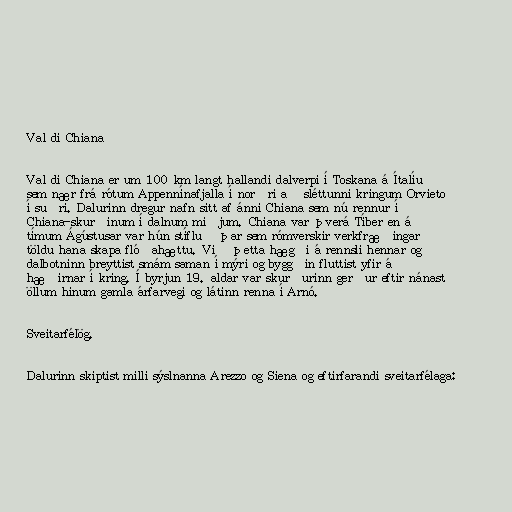
Val di Chiana

Val di Chiana er um 100 km langt hallandi dalverpi í Toskana á Ítalíu
sem nær frá rótum Appennínafjalla í norðri að sléttunni kringum Orvieto
í suðri. Dalurinn dregur nafn sitt af ánni Chiana sem nú rennur í
Chiana-skurðinum í dalnum miðjum. Chiana var þverá Tíber en á
tímum Ágústusar var hún stífluð þar sem rómverskir verkfræðingar
töldu hana skapa flóðahættu. Við þetta hægði á rennsli hennar og
dalbotninn breyttist smám saman í mýri og byggðin fluttist yfir á
hæðirnar í kring. Í byrjun 19. aldar var skurðurinn gerður eftir nánast
öllum hinum gamla árfarvegi og látinn renna í Arnó.

Sveitarfélög.

Dalurinn skiptist milli sýslnanna Arezzo og Siena og eftirfarandi sveitarfélaga: